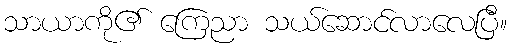
သာယာကို၏ ကြေညာ သယ်ဆောင်လာလေပြီ။